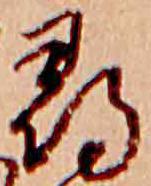
尋